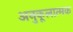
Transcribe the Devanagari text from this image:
अनुकूलात्मक